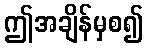
ဤအချိန်မှစ၍